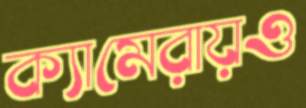
ক্যামেরায়ও